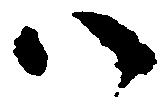
ハ